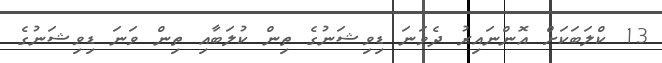
13 ކްލަބަކަށް އޮންނައިރު ދެވަނަ ޑިވިޝަނުގެ ތިން ކުލަބާއި ތިން ވަނަ ޑިވިޝަނުގެ